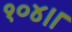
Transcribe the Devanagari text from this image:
१०४।।